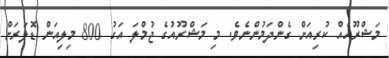
މަޝްރޫއެއް ކުރިއަށް ގެންދަމުންނެވެ. މި މަޝްރޫއުގެ ޖުމްލަ އަގު 800 މިލިއަން ޑޮލަރަށް